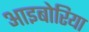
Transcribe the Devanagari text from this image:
आइबोरिया